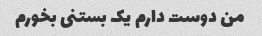
من دوست دارم یک بستنی بخورم